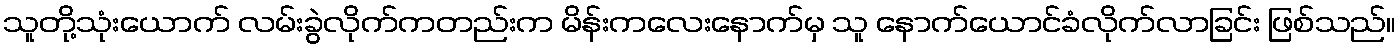
သူတို့သုံးယောက် လမ်းခွဲလိုက်ကတည်းက မိန်းကလေးနောက်မှ သူ နောက်ယောင်ခံလိုက်လာခြင်း ဖြစ်သည်။